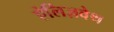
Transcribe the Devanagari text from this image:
ऐलिज़वेथ